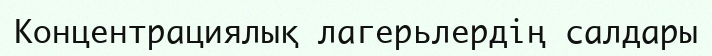
Концентрациялық лагерьлердің салдары